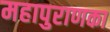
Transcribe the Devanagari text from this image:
महापुराणका